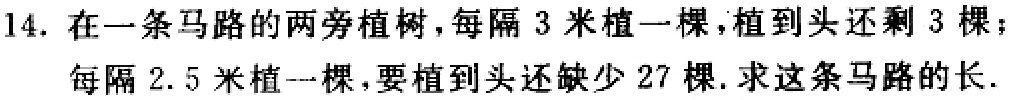
14. 在一条马路的两旁植树，每隔 3 米植一棵，植到头还剩 3 棵；
每隔 2.5 米植一棵，要植到头还缺少 27 棵.求这条马路的长.